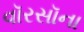
વૉરસૉના